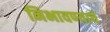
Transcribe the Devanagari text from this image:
निभावण्याचे